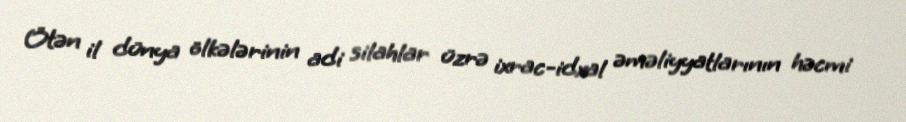
Ötən il dünya ölkələrinin adi silahlar üzrə ixrac-idxal əməliyyatlarının həcmi